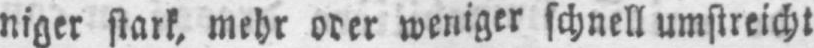
niger stark, mehr oder weniger schnell umstreicht